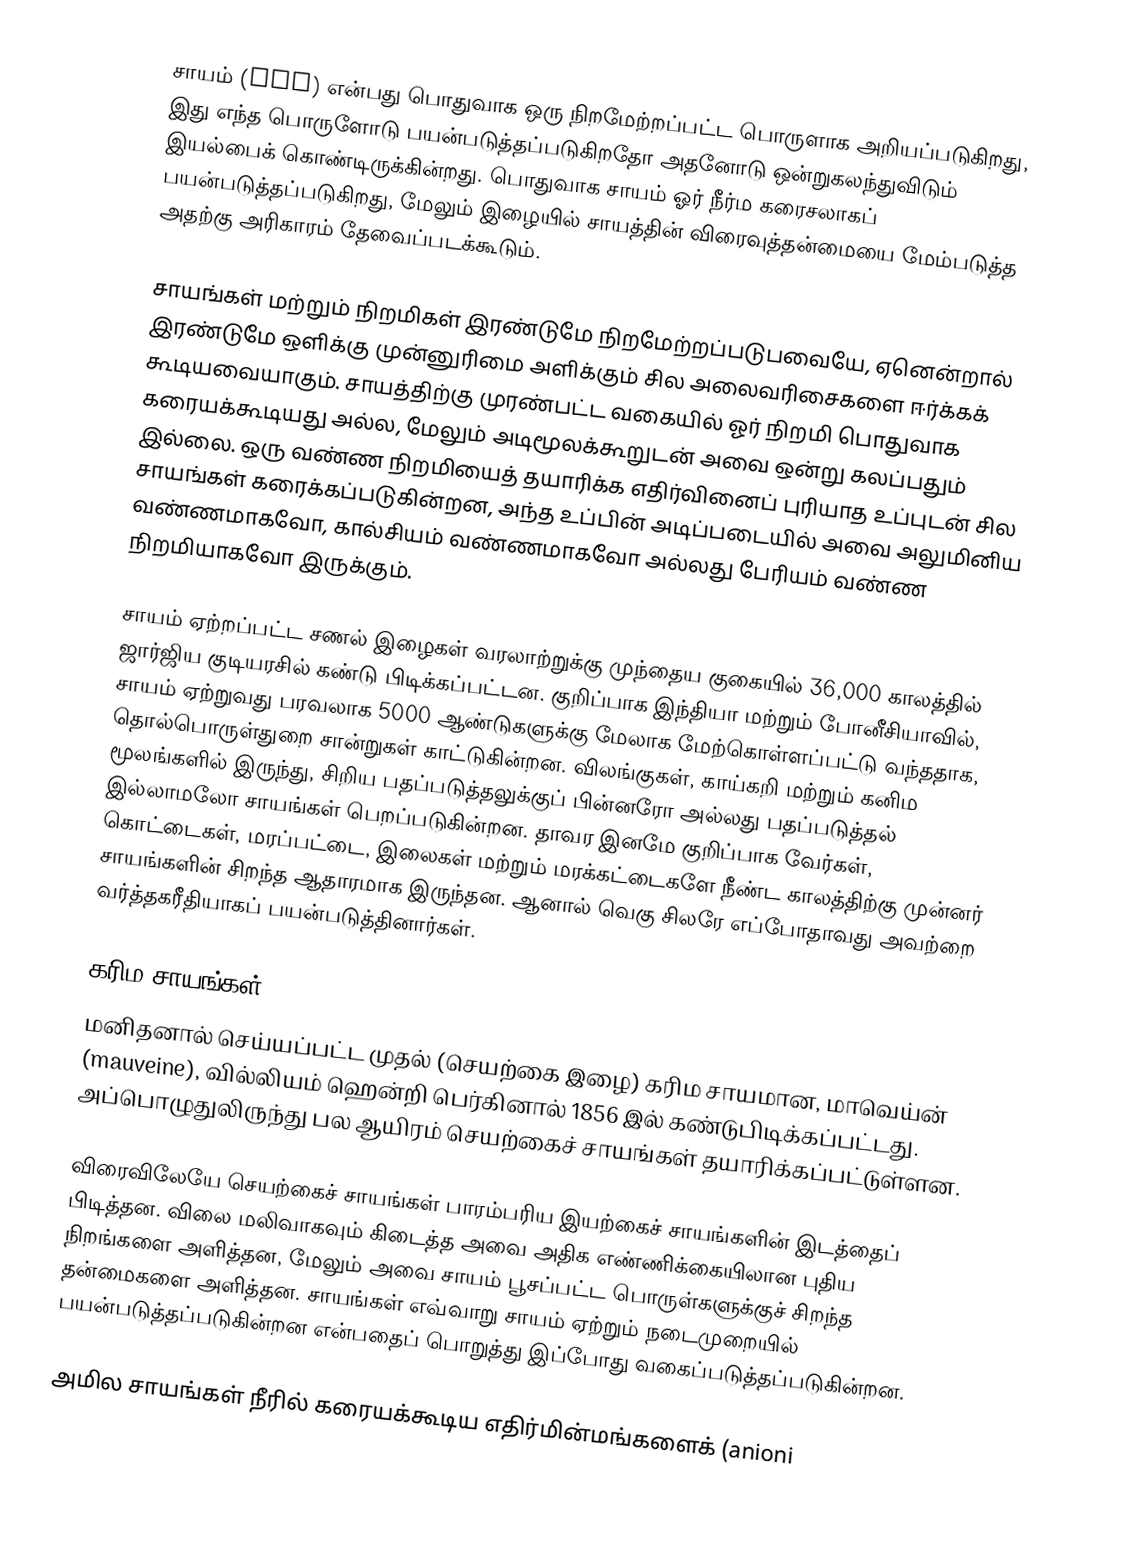
சாயம் (dye) என்பது பொதுவாக ஒரு நிறமேற்றப்பட்ட பொருளாக அறியப்படுகிறது, இது எந்த பொருளோடு பயன்படுத்தப்படுகிறதோ அதனோடு ஒன்றுகலந்துவிடும் இயல்பைக் கொண்டிருக்கின்றது. பொதுவாக சாயம் ஓர் நீர்ம கரைசலாகப் பயன்படுத்தப்படுகிறது, மேலும் இழையில் சாயத்தின் விரைவுத்தன்மையை மேம்படுத்த அதற்கு அரிகாரம் தேவைப்படக்கூடும்.

சாயங்கள் மற்றும் நிறமிகள் இரண்டுமே நிறமேற்றப்படுபவையே, ஏனென்றால் இரண்டுமே ஒளிக்கு முன்னுரிமை அளிக்கும் சில அலைவரிசைகளை ஈர்க்கக் கூடியவையாகும். சாயத்திற்கு முரண்பட்ட வகையில் ஓர் நிறமி பொதுவாக கரையக்கூடியது அல்ல, மேலும் அடிமூலக்கூறுடன் அவை ஒன்று கலப்பதும் இல்லை. ஒரு வண்ண நிறமியைத் தயாரிக்க எதிர்வினைப் புரியாத உப்புடன் சில சாயங்கள் கரைக்கப்படுகின்றன, அந்த உப்பின் அடிப்படையில் அவை அலுமினிய வண்ணமாகவோ, கால்சியம் வண்ணமாகவோ அல்லது பேரியம் வண்ண நிறமியாகவோ இருக்கும்.

சாயம் ஏற்றப்பட்ட சணல் இழைகள் வரலாற்றுக்கு முந்தைய குகையில் 36,000 காலத்தில் ஜார்ஜிய குடியரசில் கண்டு பிடிக்கப்பட்டன. குறிப்பாக இந்தியா மற்றும் போனீசியாவில், சாயம் ஏற்றுவது பரவலாக 5000 ஆண்டுகளுக்கு மேலாக மேற்கொள்ளப்பட்டு வந்ததாக, தொல்பொருள்துறை சான்றுகள் காட்டுகின்றன. விலங்குகள், காய்கறி மற்றும் கனிம மூலங்களில் இருந்து, சிறிய பதப்படுத்தலுக்குப் பின்னரோ அல்லது பதப்படுத்தல் இல்லாமலோ சாயங்கள் பெறப்படுகின்றன. தாவர இனமே குறிப்பாக வேர்கள், கொட்டைகள், மரப்பட்டை, இலைகள் மற்றும் மரக்கட்டைகளே நீண்ட காலத்திற்கு முன்னர் சாயங்களின் சிறந்த ஆதாரமாக இருந்தன. ஆனால் வெகு சிலரே எப்போதாவது அவற்றை வர்த்தகரீதியாகப் பயன்படுத்தினார்கள்.

கரிம சாயங்கள்
மனிதனால் செய்யப்பட்ட முதல் (செயற்கை இழை) கரிம சாயமான, மாவெய்ன் (mauveine), வில்லியம் ஹென்றி பெர்கினால் 1856 இல் கண்டுபிடிக்கப்பட்டது. அப்பொழுதுலிருந்து பல ஆயிரம் செயற்கைச் சாயங்கள் தயாரிக்கப்பட்டுள்ளன.

விரைவிலேயே செயற்கைச் சாயங்கள் பாரம்பரிய இயற்கைச் சாயங்களின் இடத்தைப் பிடித்தன. விலை மலிவாகவும் கிடைத்த அவை அதிக எண்ணிக்கையிலான புதிய நிறங்களை அளித்தன, மேலும் அவை சாயம் பூசப்பட்ட பொருள்களுக்குச் சிறந்த தன்மைகளை அளித்தன. சாயங்கள் எவ்வாறு சாயம் ஏற்றும் நடைமுறையில் பயன்படுத்தப்படுகின்றன என்பதைப் பொறுத்து இப்போது வகைப்படுத்தப்படுகின்றன.

அமில சாயங்கள் நீரில் கரையக்கூடிய எதிர்மின்மங்களைக் (anioni